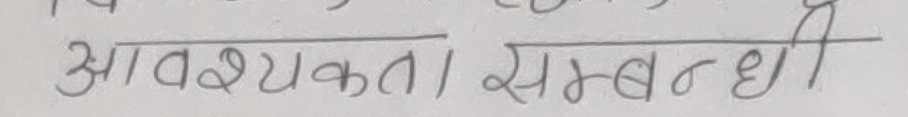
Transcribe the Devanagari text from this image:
आवश्यकता सम्बन्धी